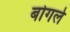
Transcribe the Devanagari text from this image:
बोगले